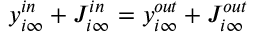
y _ { i \infty } ^ { i n } + J _ { i \infty } ^ { i n } = y _ { i \infty } ^ { o u t } + J _ { i \infty } ^ { o u t }